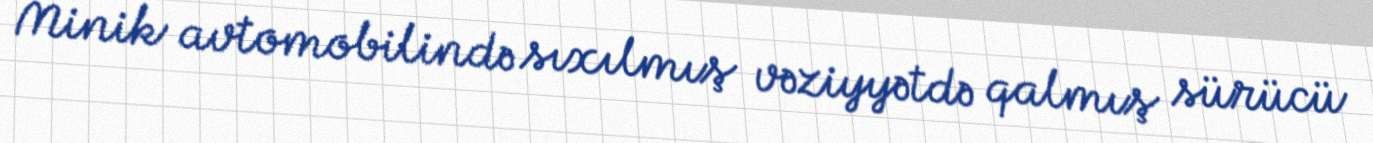
Minik avtomobilində sıxılmış vəziyyətdə qalmış sürücü